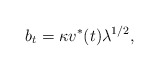
\begin{align*} b_t = \kappa v^*(t)\lambda^{1/2},\end{align*}